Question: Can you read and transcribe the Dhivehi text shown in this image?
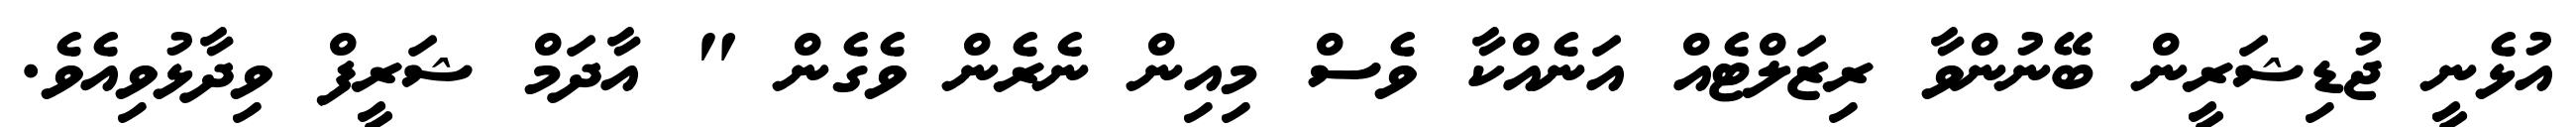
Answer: އުޅެނީ ޖުޑިޝަރީން ބޭނުންވާ ރިޒަލްޓެއް އަނެއްކާ ވެސް މިއިން ނެރެން ވެގެން " އާދަމް ޝަރީފް ވިދާޅުވިއެވެ.